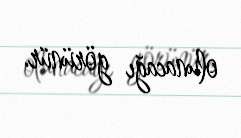
olunacağı görünür.